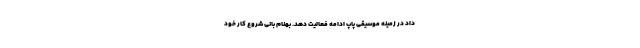
داد در زمینه موسیقی پاپ ادامه فعالیت دهد. بهنام بانی شروع کار خود